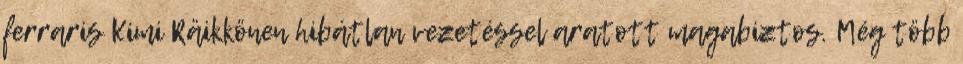
ferraris Kimi Räikkönen hibátlan vezetéssel aratott magabiztos. Még több